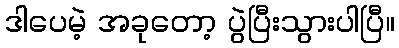
ဒါပေမဲ့ အခုတော့ ပွဲပြီးသွားပါပြီ။